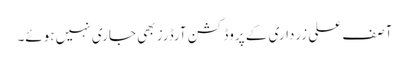
آصف علی زرداری کے پروڈکشن آرڈرز بھی جاری نہیں ہوئے۔